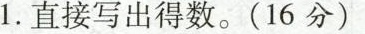
1.直接写出得数。(16分)